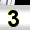
Digit: 3